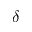
\delta